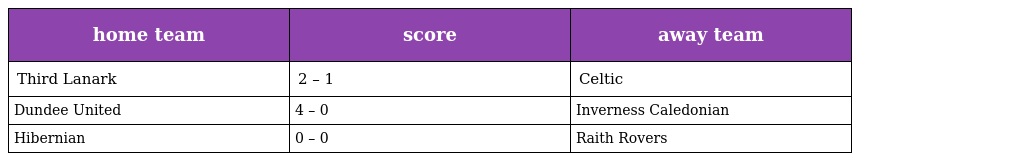
| home team | score | away team |
 | --- | --- | --- |
 | Third Lanark | 2 – 1 | Celtic |
 | Dundee United | 4 – 0 | Inverness Caledonian |
 | Hibernian | 0 – 0 | Raith Rovers |